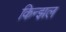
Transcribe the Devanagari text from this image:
किन्झल